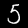
Label: 5